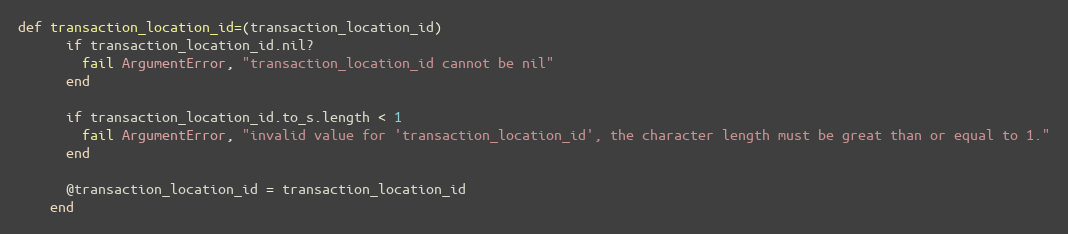
Language: Ruby
def transaction_location_id=(transaction_location_id)
      if transaction_location_id.nil?
        fail ArgumentError, "transaction_location_id cannot be nil"
      end

      if transaction_location_id.to_s.length < 1
        fail ArgumentError, "invalid value for 'transaction_location_id', the character length must be great than or equal to 1."
      end

      @transaction_location_id = transaction_location_id
    end